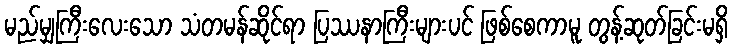
မည်မျှကြီးလေးသော သံတမန်ဆိုင်ရာ ပြဿနာကြီးများပင် ဖြစ်စေကာမူ တွန့်ဆုတ်ခြင်းမရှိ